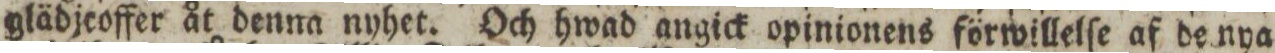
glädjeoffer åt denna nyhet. Och hwad angick opinionens förwillelſe af de nya